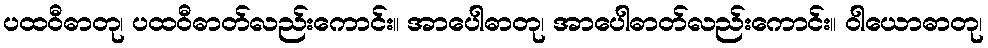
ပထဝီဓာတု၊ ပထဝီဓာတ်လည်းကောင်း။ အာပေါဓာတု၊ အာပေါဓာတ်လည်းကောင်း။ ဝါယောဓာတု၊